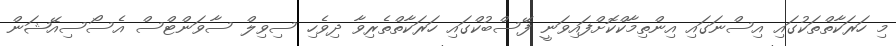
މި ހަރަކާތްތަކުގައި އިސްނަގައި އިންތިމާކްކޮށްފައިވަނީ ފޭސްބުކްގައި ހަރަކާތްތެރިވާ ދިވެހި ސިވިލް ސާވަންޓްސް އެސޯސިއޭޝަން